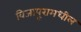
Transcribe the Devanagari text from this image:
विजापूरामधील